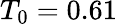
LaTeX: T_{0}=0.61